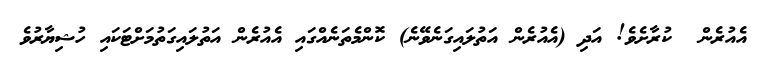
އެއުރެން  ކުރާށެވެ! އަދި (އެއުރެން އަތުލައިގަނެވޭނެ) ކޮންމެތަނެއްގައި އެއުރެން އަތުލައިގަތުމަށްޓަކައި ހުޝިޔާރުވެ